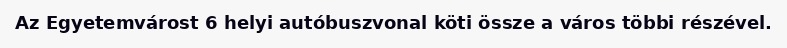
Az Egyetemvárost 6 helyi autóbuszvonal köti össze a város többi részével.